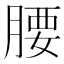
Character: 腰